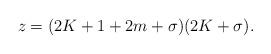
LaTeX: \begin{align*}z=(2K+1+2m+\sigma)(2K+\sigma). \end{align*}